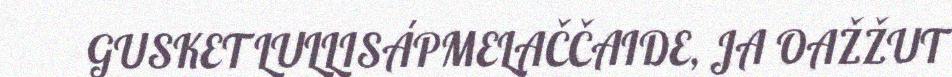
GUSKET LULLISÁPMELAČČAIDE, JA OAŽŽUT